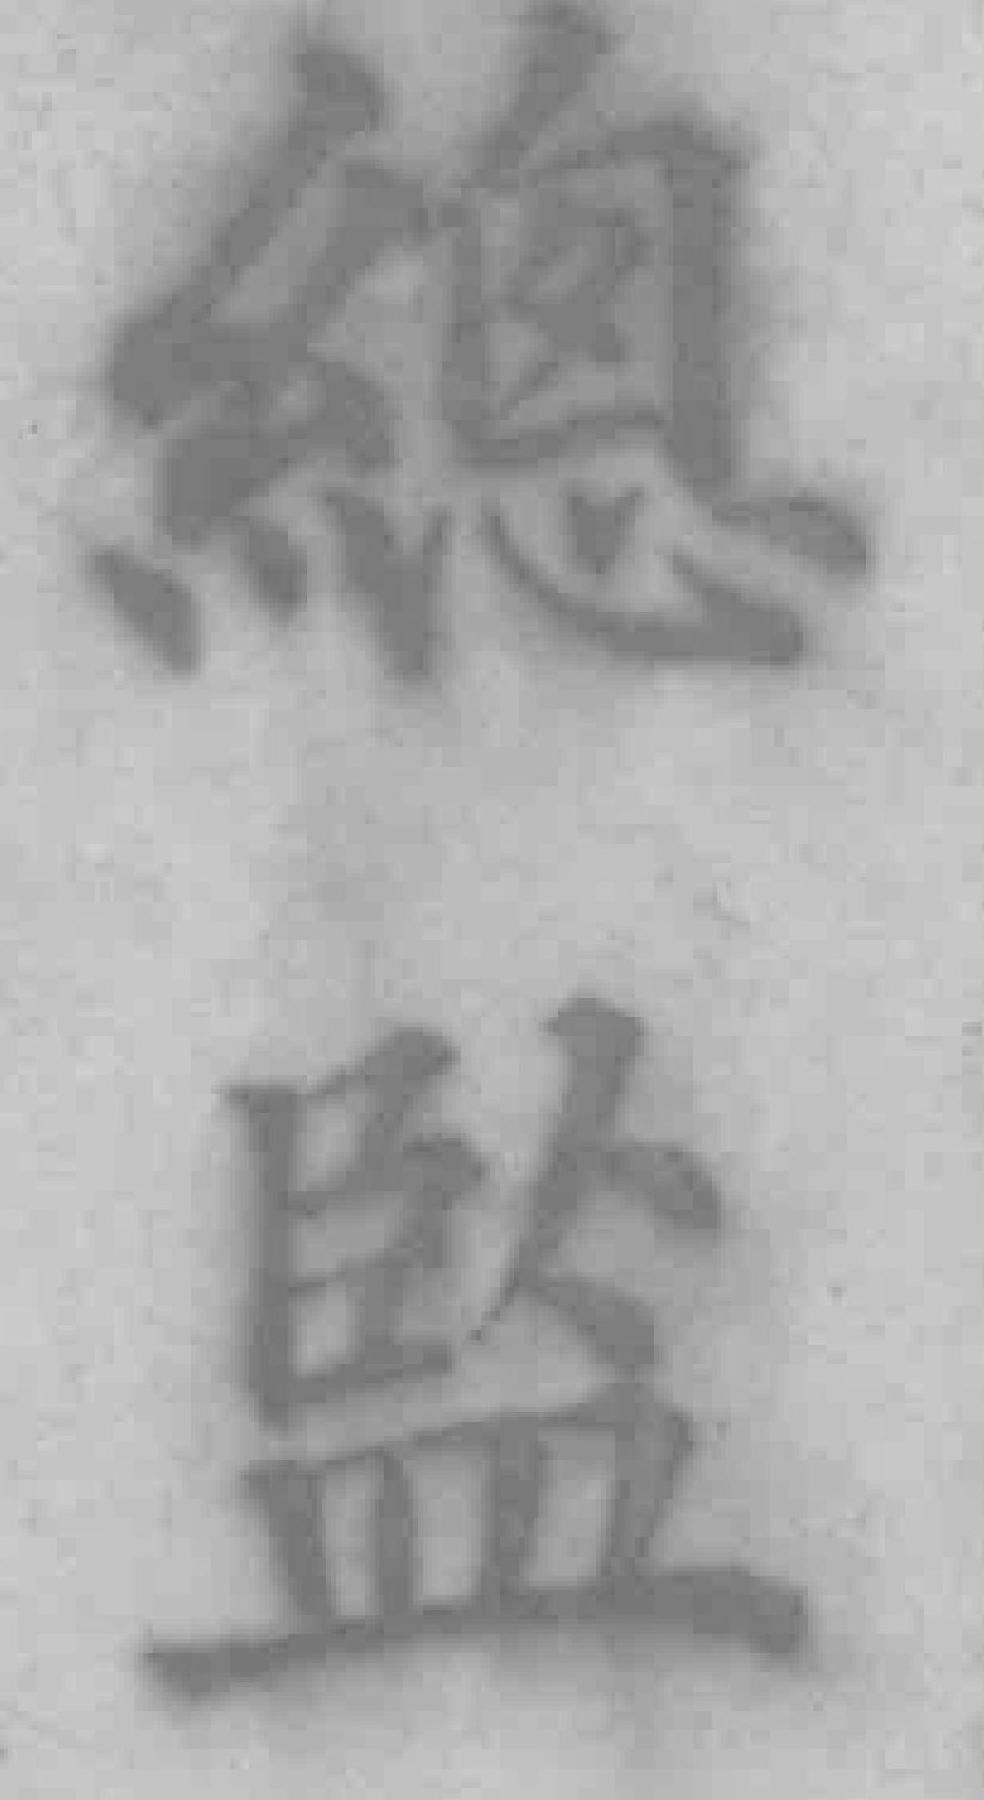
總監